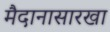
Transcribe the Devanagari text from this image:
मैदानासारखा